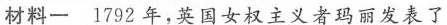
材料一1792年，英国女权主义者玛丽发表了